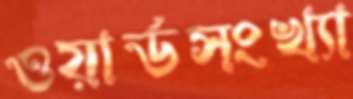
ওয়ার্ডসংখ্যা